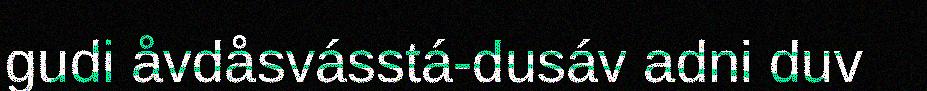
gudi åvdåsvásstá-dusáv adni duv